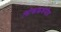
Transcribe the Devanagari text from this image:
लोककथनीय